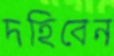
দহিবেন